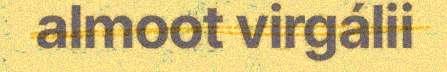
almoot virgálii